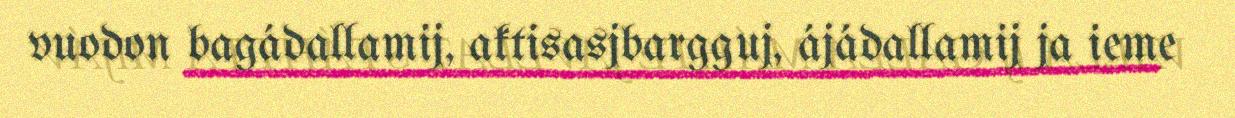
vuodon bagádallamij, aktisasjbargguj, ájádallamij ja ieme